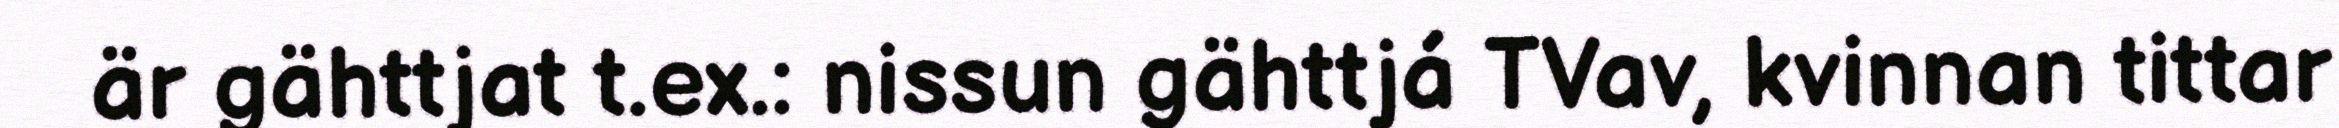
är gähttjat t.ex.: nissun gähttjá TVav, kvinnan tittar